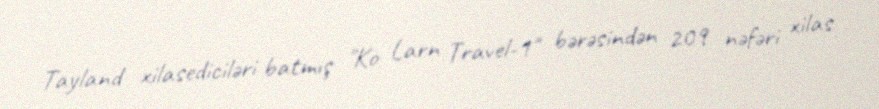
Tayland xilasediciləri batmış "Ko Larn Travel-1" bərəsindən 209 nəfəri xilas